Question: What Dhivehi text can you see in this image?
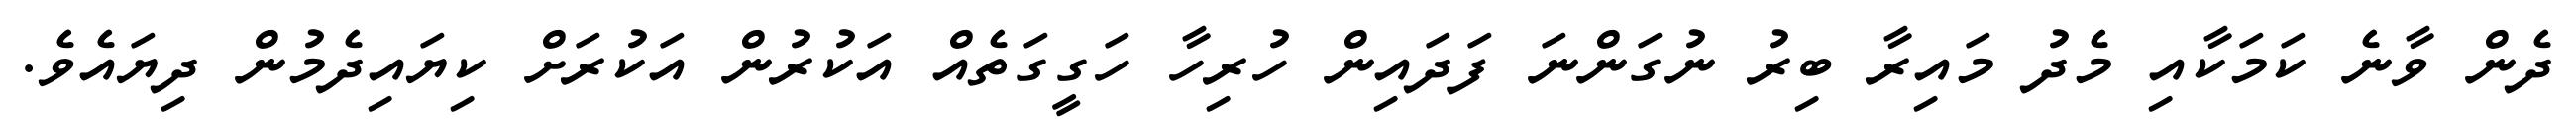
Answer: ދެން ވާނެ ކަމަކާއި މެދު މައިރާ ބިރު ނުގަންނަ ފަދައިން ހުރިހާ ހަގީގަތެއް އަކުރުން އަކުރަށް ކިޔައިދެމުން ދިޔައެވެ.